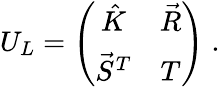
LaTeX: U_{L}=\left(\begin{array}{cc}{{\hat{K}}}&{{\vec{R}}}\\ {{\vec{S}^{T}}}&{{T}}\end{array}\right)\; .